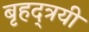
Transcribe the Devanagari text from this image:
बृहद्त्रयी